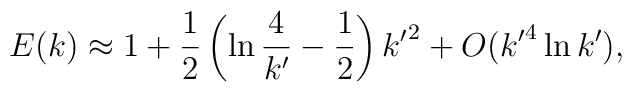
E(k)\approx1+\frac{1}{2}\left(\ln\frac{4}{{k^{\prime}}}-\frac{1}{2}\right){k^{\prime}}^2+O({k^{\prime}}^4\ln {k^{\prime}}),